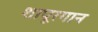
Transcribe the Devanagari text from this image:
शापूरगान